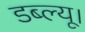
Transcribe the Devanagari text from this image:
डब्ल्यू।